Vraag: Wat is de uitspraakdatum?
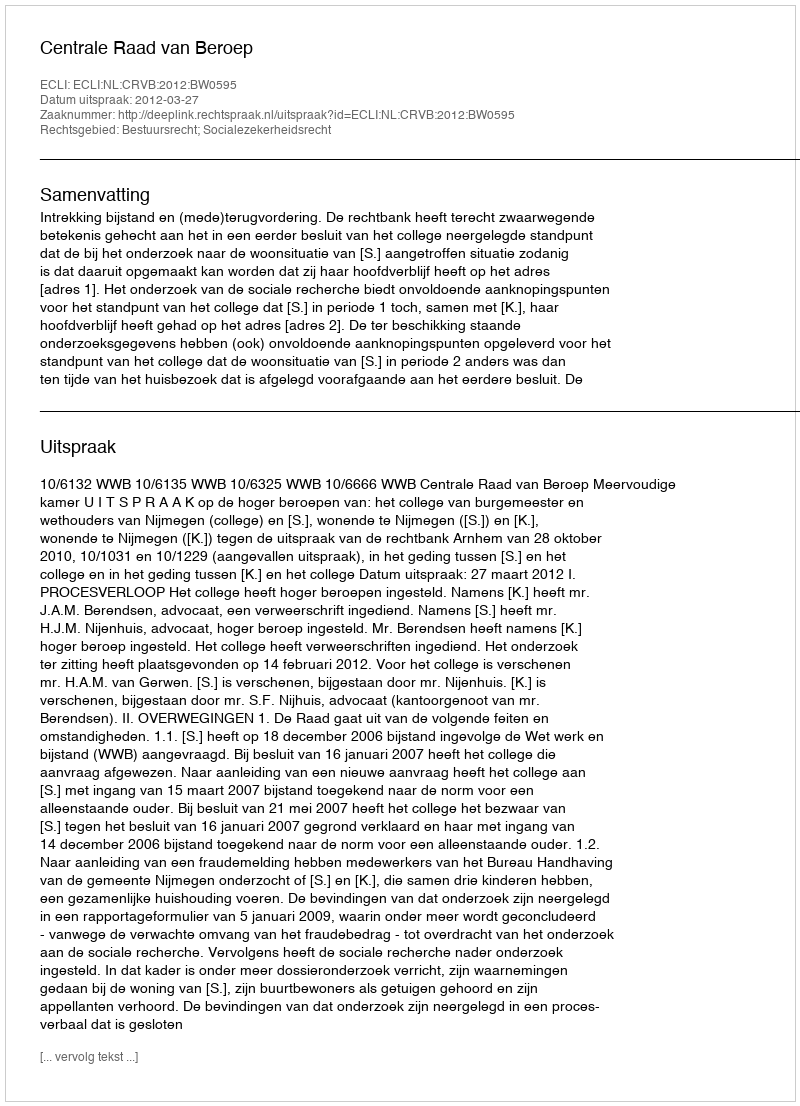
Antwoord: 2012-03-27